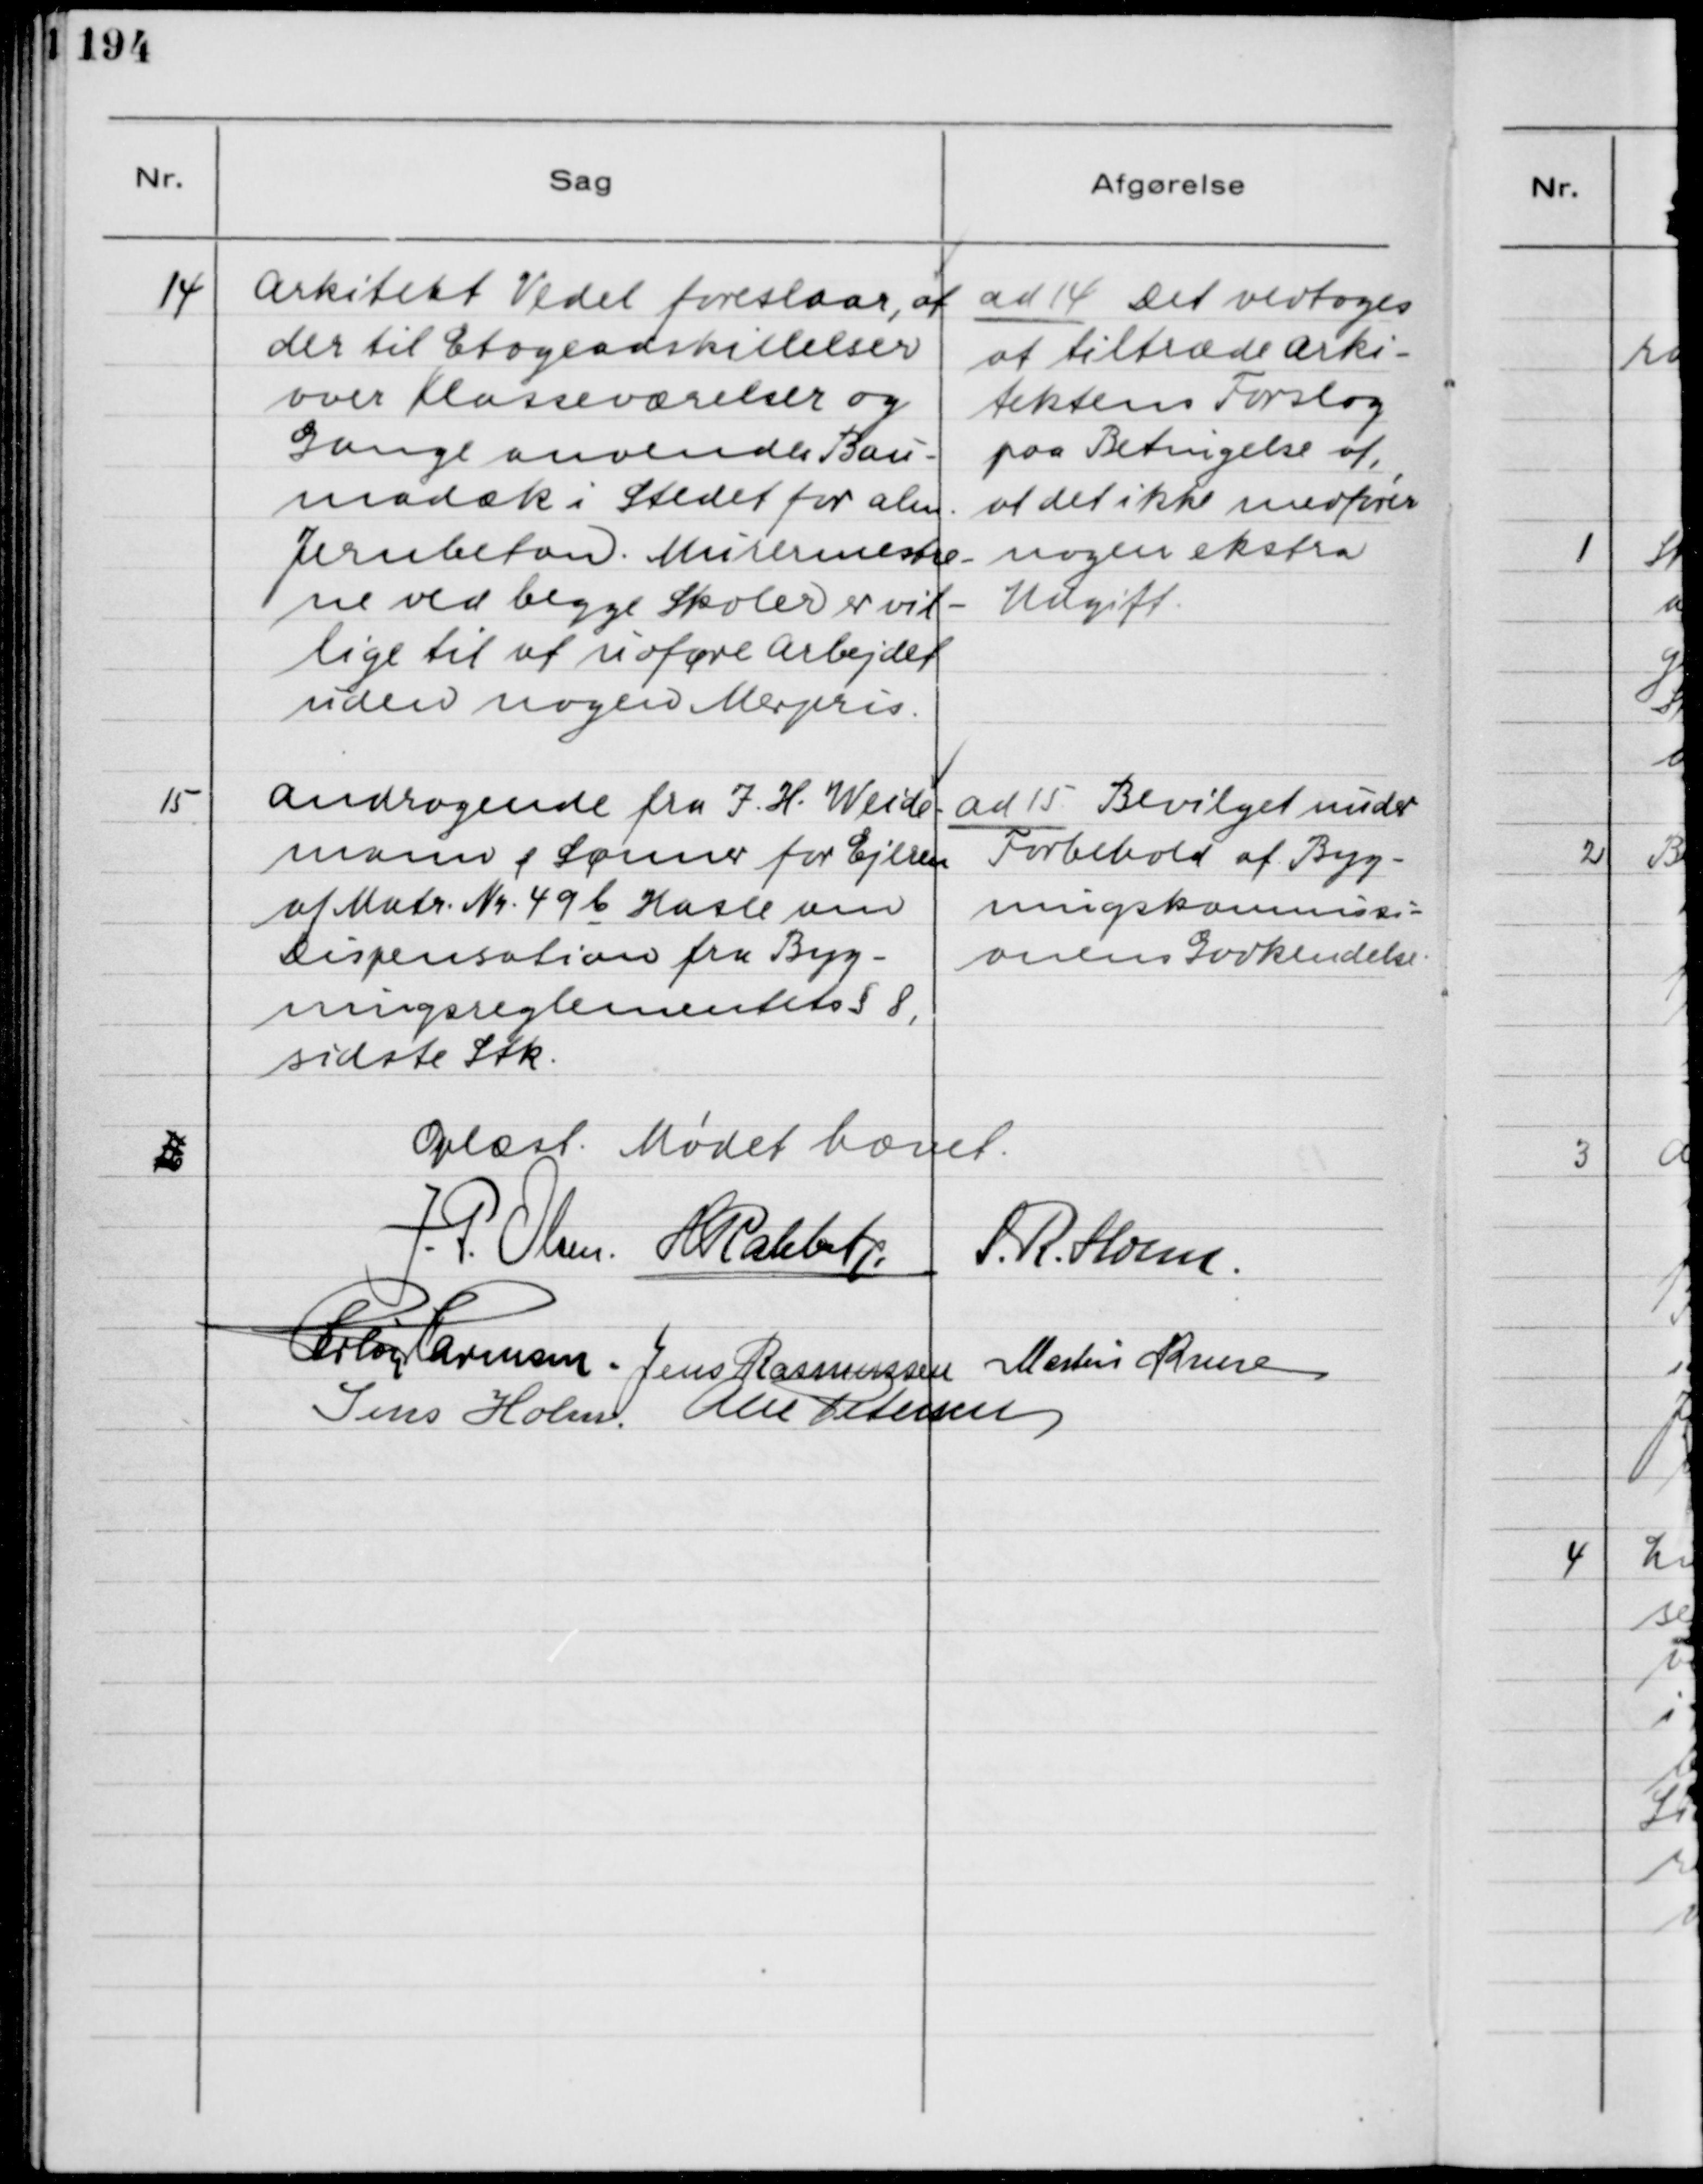
Transskription:
14

Arkitekt Vedel foreslaar, at
der til Etogeadskillelser
over Klasseværelser og
Gange anvendte Bau-
madæk i Stedet for alm.
Jernbeton. Muremestre-
ne ved begge Skoler er vil-
lige til at udføre Arbejdet
uden nogen Merpris.

ad 14 Det vedtoges
at tiltræde Arki-
tektens Forslog
paa Betingelse af,
at det ikke medfører
nogen ekstra
Udgift.

15

andragende fra I. H. Weide-
mann & Sønner for Ejeren
af Matr. Nr. 49b Hasle om
Disperisation fra Byg-
ningsreglementets § 8,
sidste Stk.

ad 15 Bevilget under
Forbehold af Byg-
ningskommissi-
onens Godkendelse.

Oplæst. Mødet hævet.